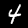
Digit: 4